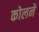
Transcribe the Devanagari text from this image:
कोलने